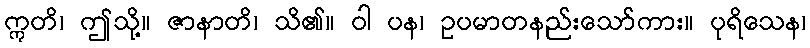
ဣတိ၊ ဤသို့။ ဇာနာတိ၊ သိ၏။ ဝါ ပန၊ ဥပမာတနည်းသော်ကား။ ပုရိသေန၊